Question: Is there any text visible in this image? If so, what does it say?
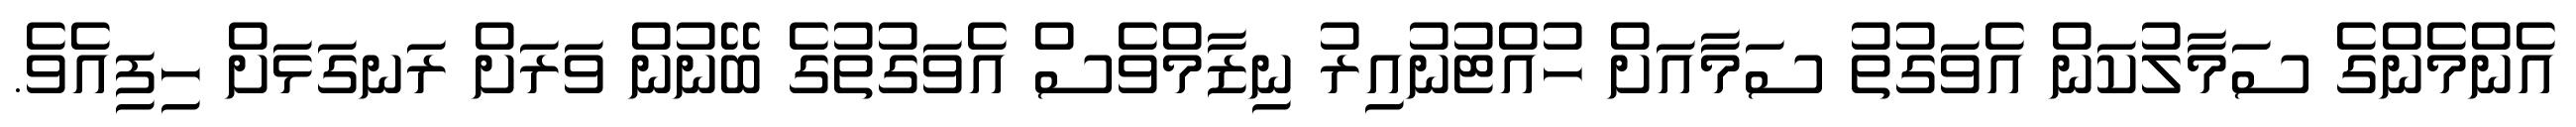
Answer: އެންމެންގެ ސަމާލުކަން އެވަގުތު ސަމާއަށް ހުއްޓުނުއިރު ނިޒާމްވެސް އެވަގުތުގެ ބޭނުން ވަރަށް ރަނގަޅަށް ހިފިއެވެ.